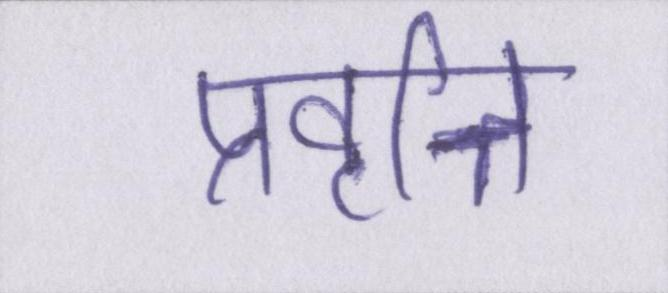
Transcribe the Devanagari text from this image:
प्रवृत्ति